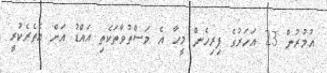
އުމުރުން 23 އަހަރުގެ ފިރިހެން މީހާ އެ މަސްތުވާތަކެތި އައްޑު އަށް އެތެރެކުރީ